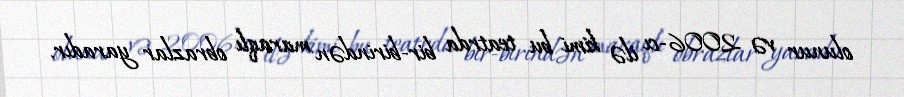
olunur və 2006-cı ilə kimi bu teatrda bir-birindən maraqlı obrazlar yaradır.